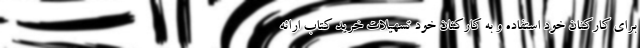
برای کارکنان خود استفاده و به کارکنان خود تسهیلات خرید کتاب ارائه